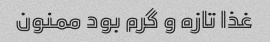
غذا تازه و گرم بود ممنون